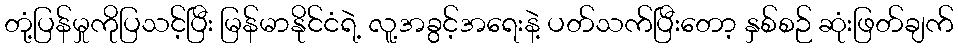
တုံ့ပြန်မှုကိုပြသင့်ပြီး မြန်မာနိုင်ငံရဲ့ လူ့အခွင့်အရေးနဲ့ ပတ်သက်ပြီးတော့ နှစ်စဉ် ဆုံးဖြတ်ချက်